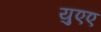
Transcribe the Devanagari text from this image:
युएए